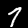
Label: 7